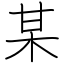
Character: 某